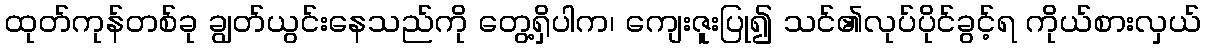
ထုတ်ကုန်တစ်ခု ချွတ်ယွင်းနေသည်ကို တွေ့ရှိပါက၊ ကျေးဇူးပြု၍ သင်၏လုပ်ပိုင်ခွင့်ရ ကိုယ်စားလှယ်